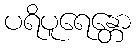
ပရိပူရေန္တော